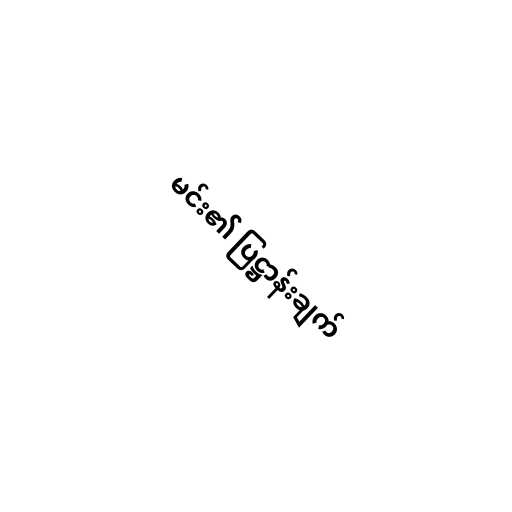
မင်း၏ ပြဋ္ဌာန်းချက်